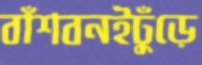
বাঁশবনইঢুঁড়ে